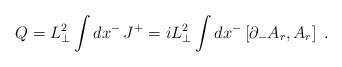
LaTeX: \begin{align*}Q = L_{\perp}^2 \int dx^- \, J^+ = i L_{\perp}^2 \int dx^- \left[ \partial_- A_r, A_r \right] \; . \end{align*}